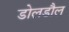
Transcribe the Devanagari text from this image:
डोलडौल